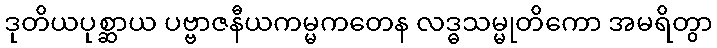
ဒုတိယပုစ္ဆာယ ပဗ္ဗာဇနီယကမ္မကတေန လဒ္ဓသမ္မုတိကော အမရိတွာ